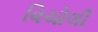
વિચોલી